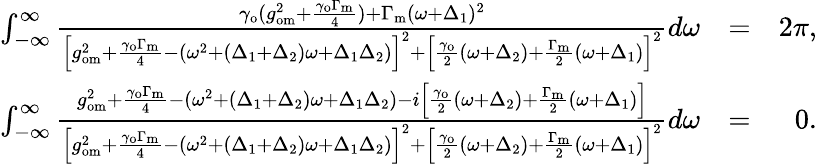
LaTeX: \begin{array}{rlr}{\int_{-\infty}^{\infty}\frac{\gamma_{\mathrm{o}}(g_{\mathrm{om}}^{2}+\frac{\gamma_{\mathrm{o}}\Gamma_{\mathrm{m}}}{4})+\Gamma_{\mathrm{m}}(\omega+\Delta_{1})^{2}}{\left[g_{\mathrm{om}}^{2}+\frac{\gamma_{\mathrm{o}}\Gamma_{\mathrm{m}}}{4}-(\omega^{2}+(\Delta_{1}+\Delta_{2})\omega+\Delta_{1}\Delta_{2})\right]^{2}+\left[\frac{\gamma_{\mathrm{o}}}{2}(\omega+\Delta_{2})+\frac{\Gamma_{\mathrm{m}}}{2}(\omega+\Delta_{1})\right]^{2}}d\omega}&{=}&{2\pi,}\\ {\int_{-\infty}^{\infty}\frac{g_{\mathrm{om}}^{2}+\frac{\gamma_{\mathrm{o}}\Gamma_{\mathrm{m}}}{4}-(\omega^{2}+(\Delta_{1}+\Delta_{2})\omega+\Delta_{1}\Delta_{2})-i\left[\frac{\gamma_{\mathrm{o}}}{2}(\omega+\Delta_{2})+\frac{\Gamma_{\mathrm{m}}}{2}(\omega+\Delta_{1})\right]}{\left[g_{\mathrm{om}}^{2}+\frac{\gamma_{\mathrm{o}}\Gamma_{\mathrm{m}}}{4}-(\omega^{2}+(\Delta_{1}+\Delta_{2})\omega+\Delta_{1}\Delta_{2})\right]^{2}+\left[\frac{\gamma_{\mathrm{o}}}{2}(\omega+\Delta_{2})+\frac{\Gamma_{\mathrm{m}}}{2}(\omega+\Delta_{1})\right]^{2}}d\omega}&{=}&{0.}\end{array}